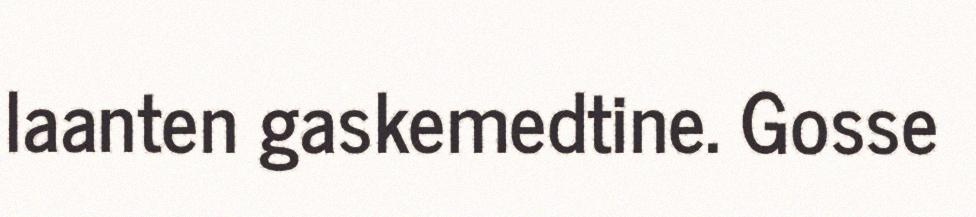
laanten gaskemedtine. Gosse